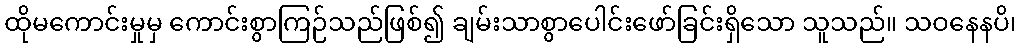
ထိုမကောင်းမှုမှ ကောင်းစွာကြဉ်သည်ဖြစ်၍ ချမ်းသာစွာပေါင်းဖော်ခြင်းရှိသော သူသည်။ သဝနေနပိ၊